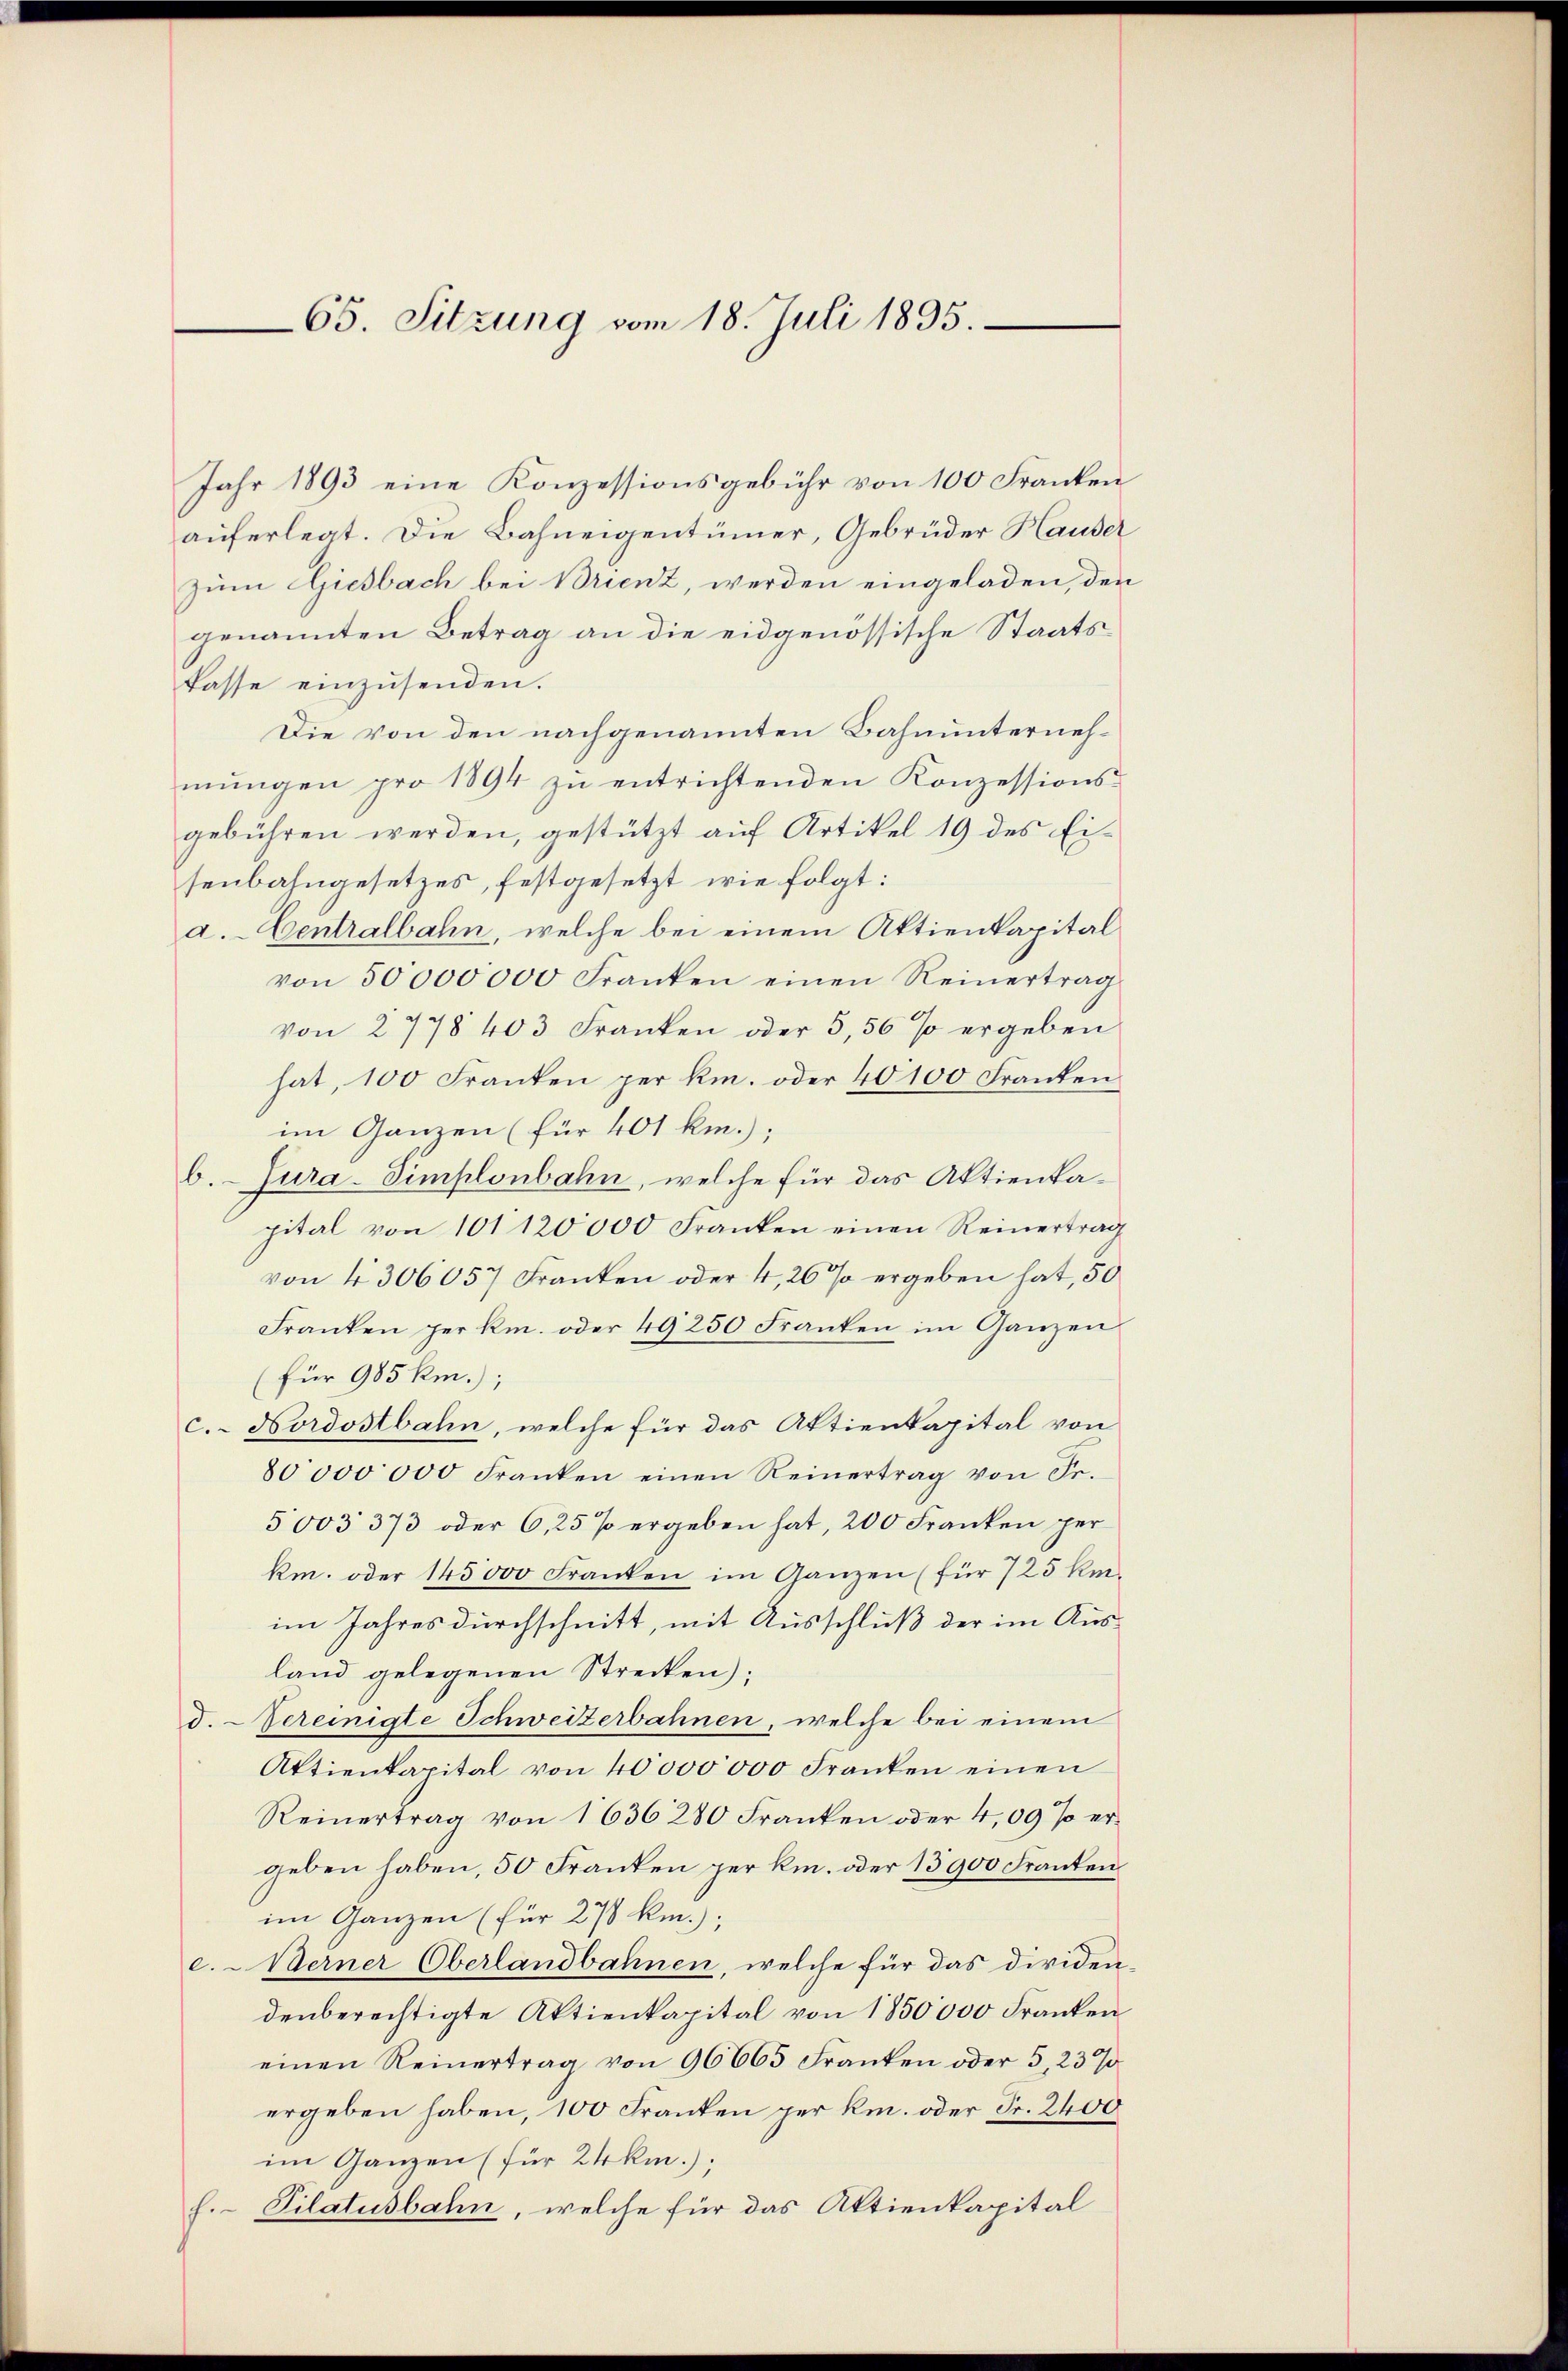
65. Sitzung vom 18. Juli 1895.

Jahr 1893 eine Konzessionsgebühr von 100 Franken
auferlegt. Die Bahneigentümer, Gebrüder Hauser
Zum Giesbach bei Brienz, werden eingeladen, den
genannten Betrag an die eidgenössische Staatskasse einzusenden.
Die von den nachgenannten Bahnunternehmŭngen pro 1894 zŭ entrichtenden Konzessions-
gebühren werden, gestützt auf Artikel 19 des Eisenbahngesetzes, festgesetzt wie folgt:
a. Centralbahn, welche bei einem Aktienkapital
von 50000000 Franken einen Reinertrag
von 2778 403 Franken oder 5,50 so ergeben
hat, 100 Franken per k. oder 40100 Franken.
im Ganzen (für 401 km.);
b. Jura-Simplonbahn, welche für das Aktienkapital von 101 120000 Franken einen Reinertrag
von 4 306057 Franken oder 4, 26 % ergeben hat, 50
Franken per k. oder 49250 Franken im Ganzen
(für 985 km.);
c. Nordostbahn, welche für das Aktienkapital von
80000000 Franken einen Reinertrag von Fr.
5003 373 oder 6,25 % ergeben hat, 200 Franken per
km. oder 145000 Franken im Ganzen (für 725 km
im Jahres durchschnitt, mit Ausschluß der im Ausland gelegenen Strecken);
d. Vereinigte Schweizerbahnen, welche bei einem
Aktienkapital von 40000000 Franken einen
Reinertrag von 1636280 Franken oder 4,09 % er-
geben haben, 50 Franken per k. oder 13900 Franken
im Ganzen (für 278 km.);
c. Berner Oberlandbahnen, welche für das dividendenberechtigte Aktienkapital von 1850,000 Franken
einen Reinertrag von 96665 Franken oder 5 23%
ergeben haben, 100 Franken per k. oder Fr. 2400
im Ganzen (für 24 km.);
h.- Pilatusbahn, welche für das Aktienkapital